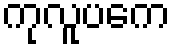
ကုလူပကေ